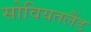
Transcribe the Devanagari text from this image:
सोवियतलैंड